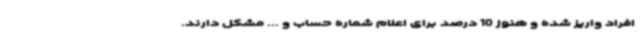
افراد واریز شده و هنوز 10 درصد برای اعلام شماره حساب و ... مشکل دارند.